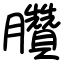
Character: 臢